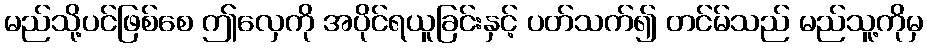
မည်သို့ပင်ဖြစ်စေ ဤလှေကို အပိုင်ရယူခြင်းနှင့် ပတ်သက်၍ တင်မ်သည် မည်သူ့ကိုမှ